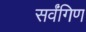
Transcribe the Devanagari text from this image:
सर्वंगिण